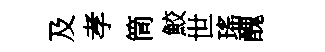
及孝筒鮫世瑤醜